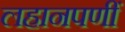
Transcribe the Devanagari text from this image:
लहानपणीं